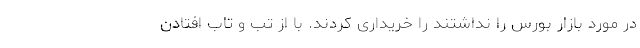
در مورد بازار بورس را نداشتند را خریداری کردند. با از تب و تاب افتادن